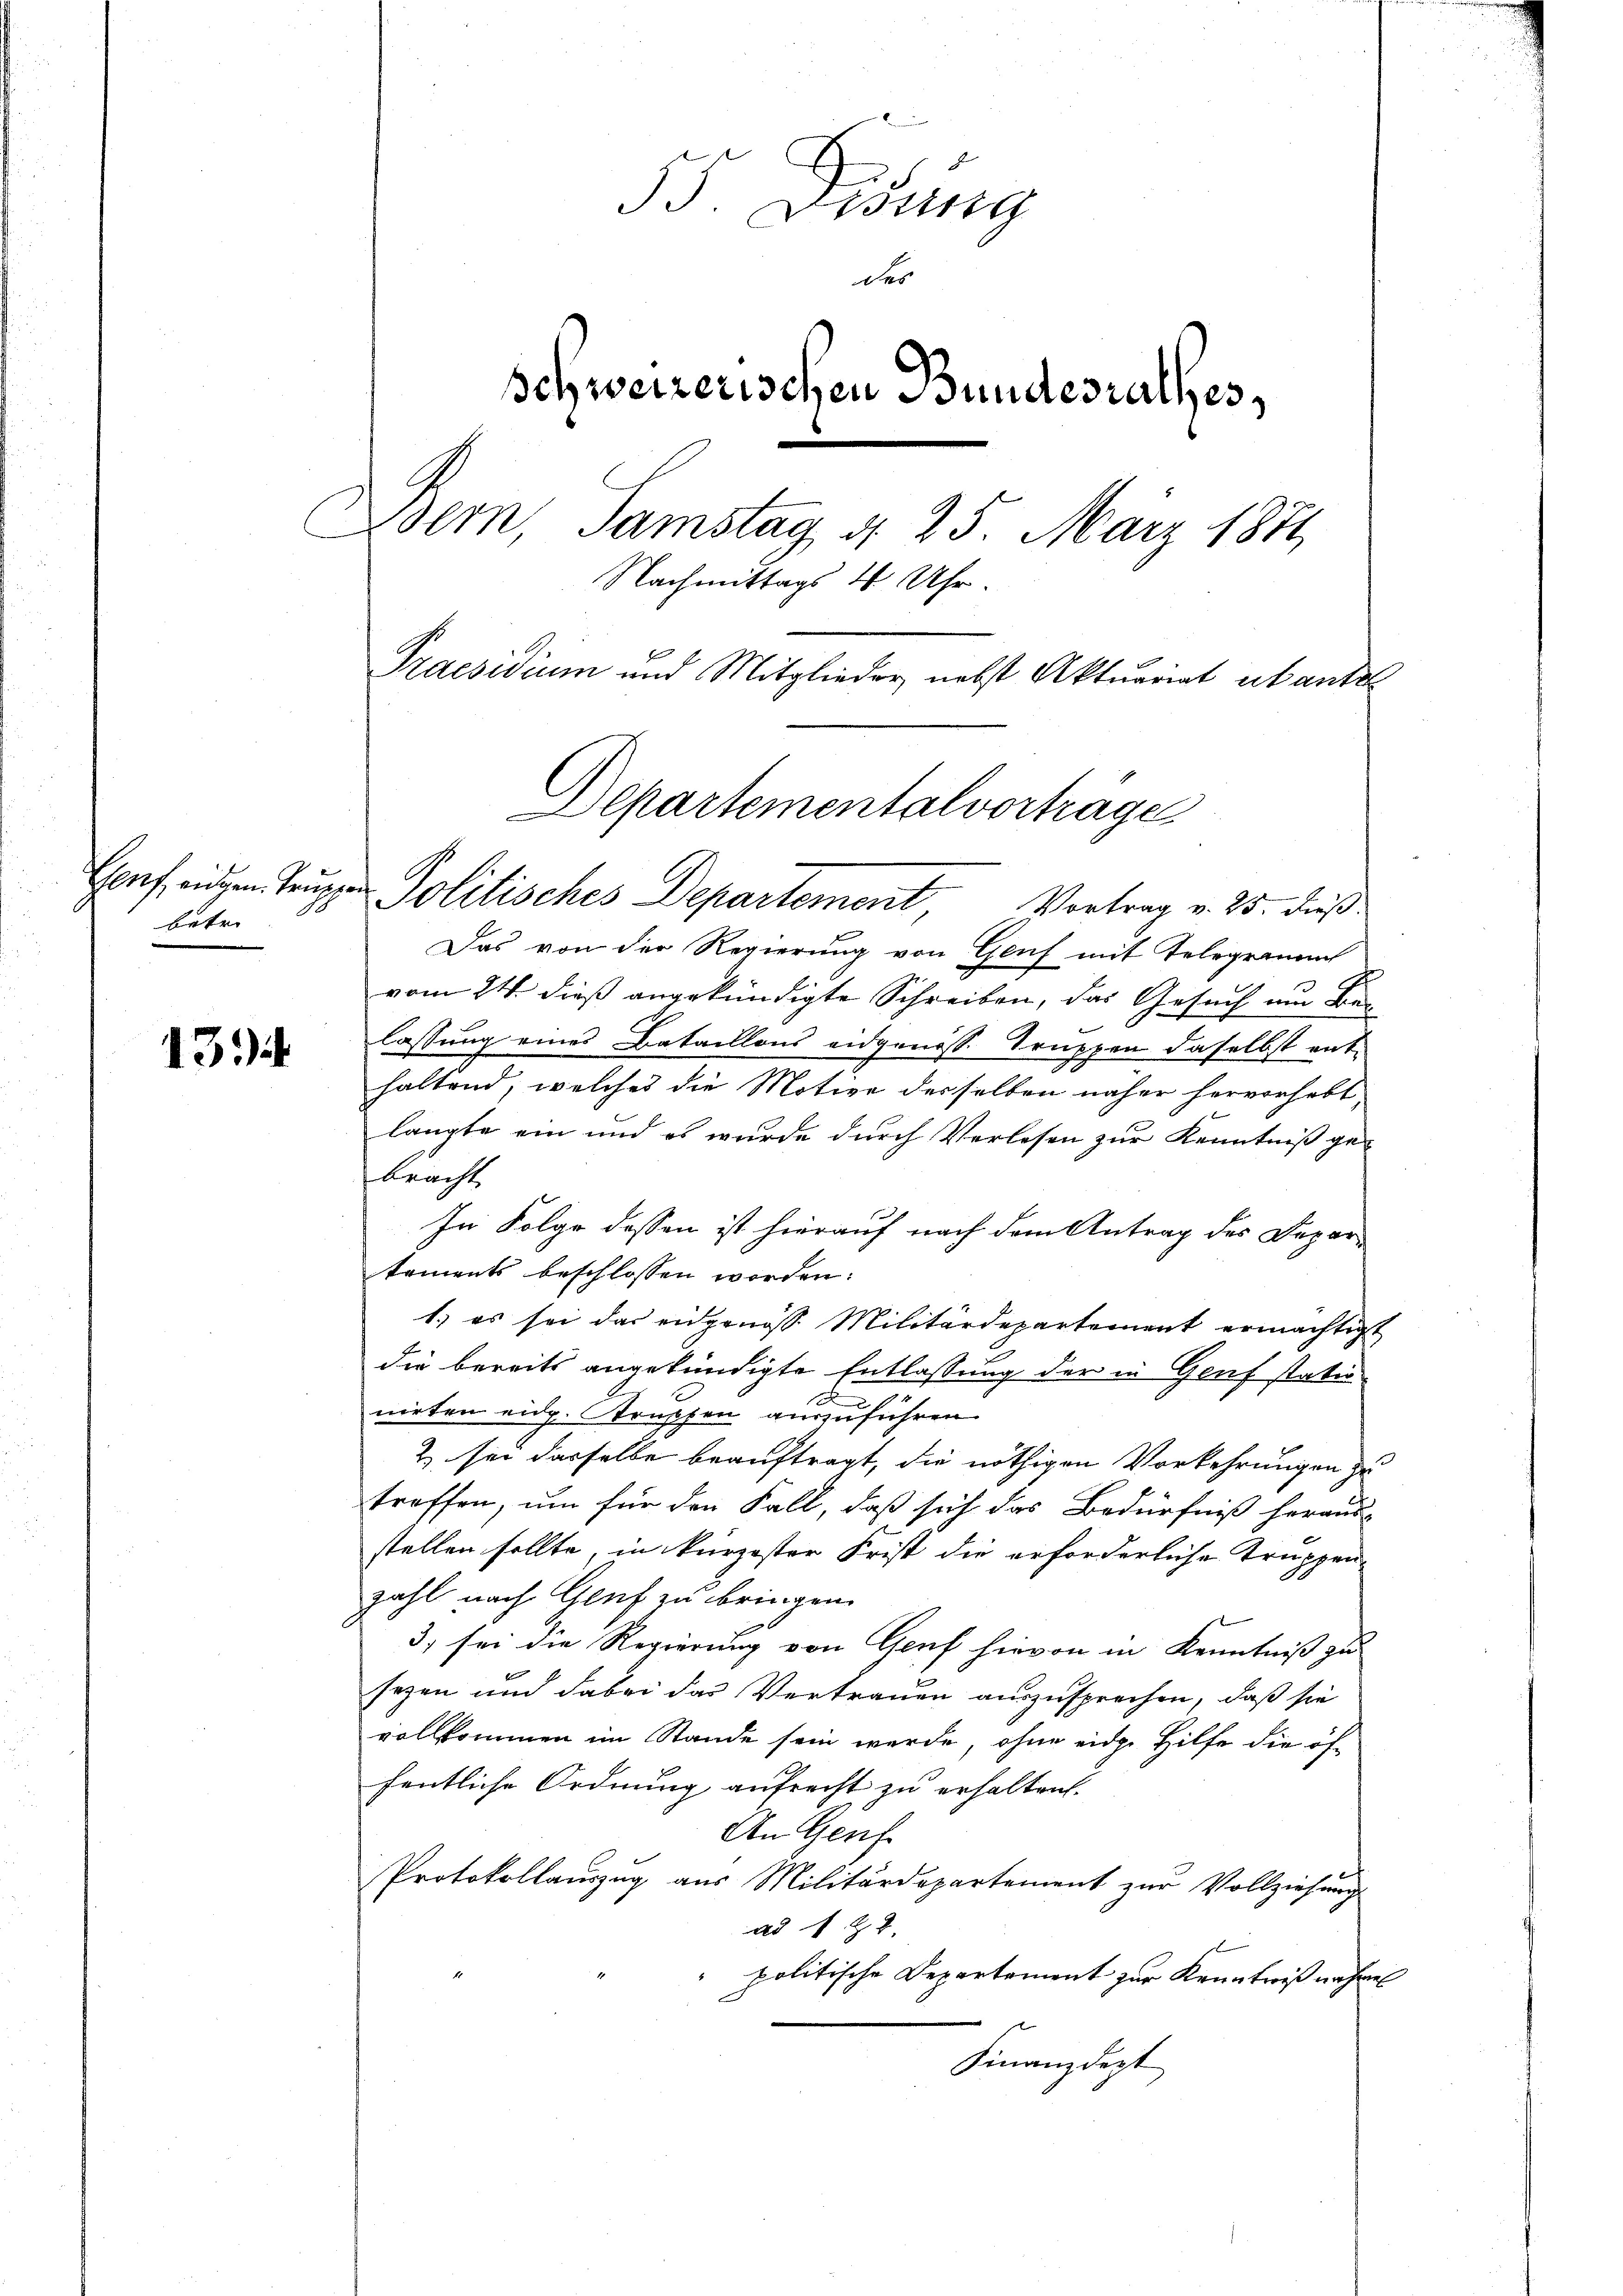
betr.

13)

Didung
der
schweizerischen Bundesrathes,
Bern, Samstag d. 25. März 1871
Nachmittags 4 Uhr.
Praesidium und Mitglieder nebst Aktuariat erkantel
Departementalvorträge

Das von der Regierung von Graf mit Telegrammt
vom 24. dieß angekündigte Schreiben, das Gesuch um Belassung eines Bataillons eidgenöss. Truppen daselbst ent-
haltend, welches die Motive desselben näher hervorhebt,
langte ein und es wurde durch Verlesen zur Kenntniß gebracht
In Folge dessen ist hierauf nach dem Antrag des Departements beschlossen worden:
1.) es sei das eidgenöss. Militärdepartement ermächtigt
die bereits angekündigte Entlassung der in Genf statu¬
1
nirten eidg. Strupfen auszuführen.
2 sei dasselbe beauftragt, die nöthigen Vorkehrungen zu
treffen, um für den Fall, daß sich das Bedürfniß heraus-
stellen sollte, in kürzester Frist die erforderliche Truppenzahl nach Genf zu bringen.
3) sei die Regierung von Genf hievon in Kenntniß zu
sezen und dabei das Vertrauen auszusprechen, daß sie
vollkommen im Stande sein werde, ohne eidge Hilfe die öffentliche Ordnung aufrecht zu erhalten.
An Genf.
Protokollauszug aus Militärdepartement zur Vollziehungs
ad 1. 22.
politische Departement zur Kenntniß nahme
Finanzdept

Genf einen Truppen Politisches Departement Vortrag v. 25. dieß